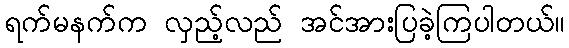
ရက်မနက်က လှည့်လည် အင်အားပြခဲ့ကြပါတယ်။